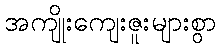
အကျိုးကျေးဇူးများစွာ